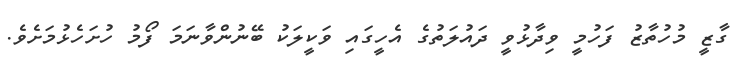
ގާޒީ މުހުތާޒު ފަހުމީ ވިދާޅުވީ ދައުލަތުގެ އެހީގައި ވަކީލަކު ބޭނުންވާނަމަ ފޯމު ހުށަހެޅުމަށެވެ.